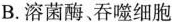
B.溶菌酶吞噬细胞